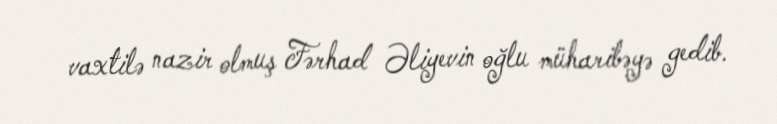
vaxtilə nazir olmuş Fərhad Əliyevin oğlu müharibəyə gedib.